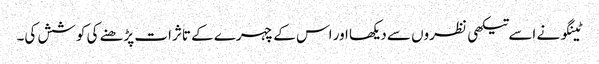
ٹینگو نے اسے تیکھی نظروں سے دیکھا اور اس کے چہرے کے تاثرات پڑھنے کی کوشش کی۔